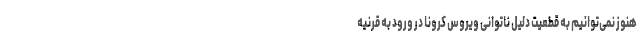
هنوز نمی‌توانیم به قطعیت دلیل ناتوانی ویروس کرونا در ورود به قرنیه